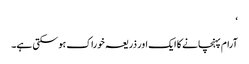
‘
آرام پہنچانے کا ایک اور ذریعہ خوراک ہو سکتی ہے۔